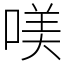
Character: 𠸍